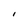
Character: l